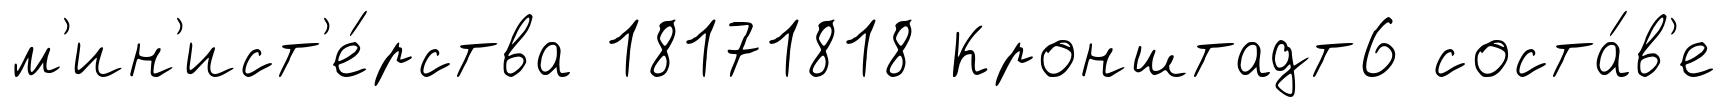
м'ин'ист'е́рства 18171818 Кронштадт6 соста́в'е